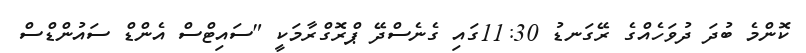
ކޮންމެ ބުދަ ދުވަހެއްގެ ރޭގަނޑު 11:30ގައި ގެނެސްދޭ ޕްރޮގްރާމަކީ "ސައިޓްސް އެންޑް ސައުންޑްސް